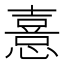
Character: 憙